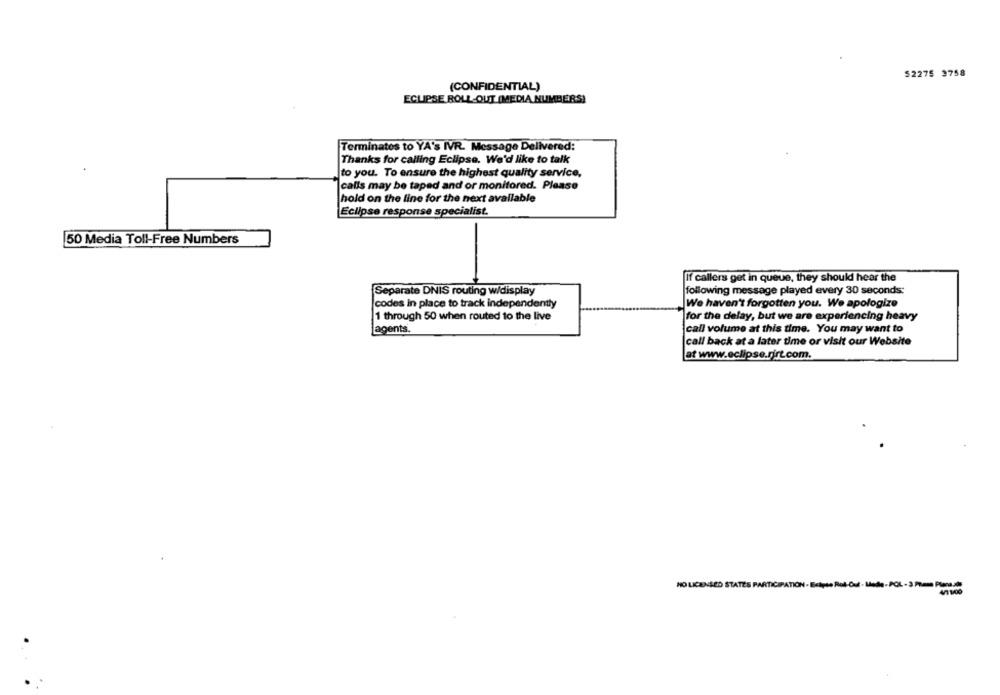
52275 3758
(CONFIDENTIAL)
ECLIPSE ROLL-OUT (MEDIA NUMBERS)
Terminates to YA's IVR. Message Delivered:
Thanks for calling Eclipse. We'd like to talk
to you. To ensure the highest quality service,
calls may be taped and or monitored. Please
hold on the line for the next available
Eclipse response specialist.
50 Media Toll-Free Numbers
If callers get in queue, they should hear the
Separate DNIS routing w/display
following message played every 30 seconds:
codes in place to track independently
We haven't forgotten you. We apologize
1 through 50 when routed to the live
for the delay, but we are experiencing heavy
agents.
call volume at this time. You may want to
call back at a later time or visit our Website
at www.eclipse.rirt.com.
HO LICENSED STATES PARTICIPATION - Ecięso Rol-Out - Moda-POL - 3 Pomme Penale